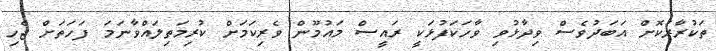
ތަކުރާރުކޮށް އަބަދުވެސް ވިދާޅުވި ވާހަކަފުޅަކީ ރައީސް މައުމޫން ވެރިކަމަށް ކުރިމަތިލައްވާނަމަ ފަހަތަށް ޖެހި